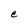
Character: C